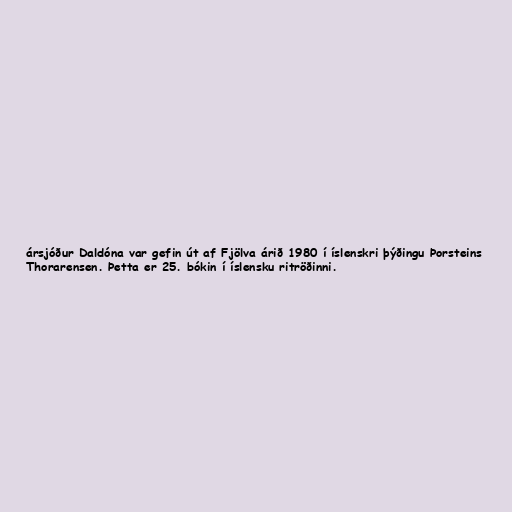
ársjóður Daldóna var gefin út af Fjölva árið 1980 í íslenskri þýðingu Þorsteins
Thorarensen. Þetta er 25. bókin í íslensku ritröðinni.